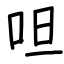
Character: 呾